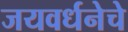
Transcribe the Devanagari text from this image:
जयवर्धनेचे